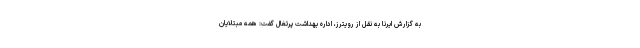
به گزارش ایرنا به نقل از رویترز، اداره بهداشت پرتغال گفت: همه مبتلایان